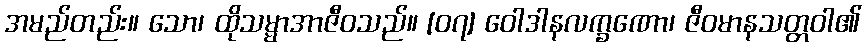
အမည်တည်း။ သော၊ ထိုသမ္မာအာဇီဝသည်။ [၀၇] ဝေါဒါနလက္ခဏော၊ ဇီဝမာနသတ္တဝါ၏